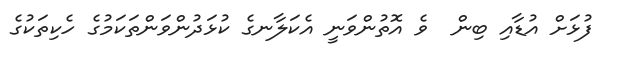
ފުޅަށް އުޑާއި ބިން  ވެ އޮތުންވަނީ އެކަލާނގެ ކުޅަދުންވަންތަކަމުގެ ހެކިތަކުގެ